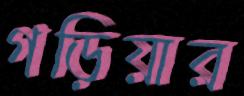
গড়িয়ার